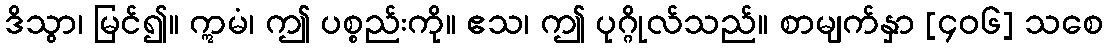
ဒိသွာ၊ မြင်၍။ ဣမံ၊ ဤ ပစ္စည်းကို။ ဧသ၊ ဤ ပုဂ္ဂိုလ်သည်။ စာမျက်နှာ [၄၀၆] သစေ